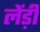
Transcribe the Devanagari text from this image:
लेंड़ी